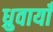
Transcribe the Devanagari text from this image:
ध्रुवायाँ